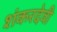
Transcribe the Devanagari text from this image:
शंकरदेवी